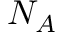
N _ { A }